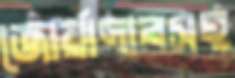
জোর্য়াদারসহ